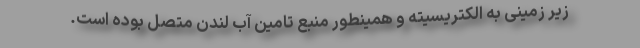
زیر زمینی به الکتریسیته و همینطور منبع تامین آب لندن متصل بوده است.